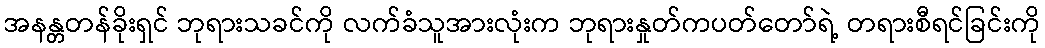
အနန္တတန်ခိုးရှင် ဘုရားသခင်ကို လက်ခံသူအားလုံးက ဘုရားနှုတ်ကပတ်တော်ရဲ့ တရားစီရင်ခြင်းကို